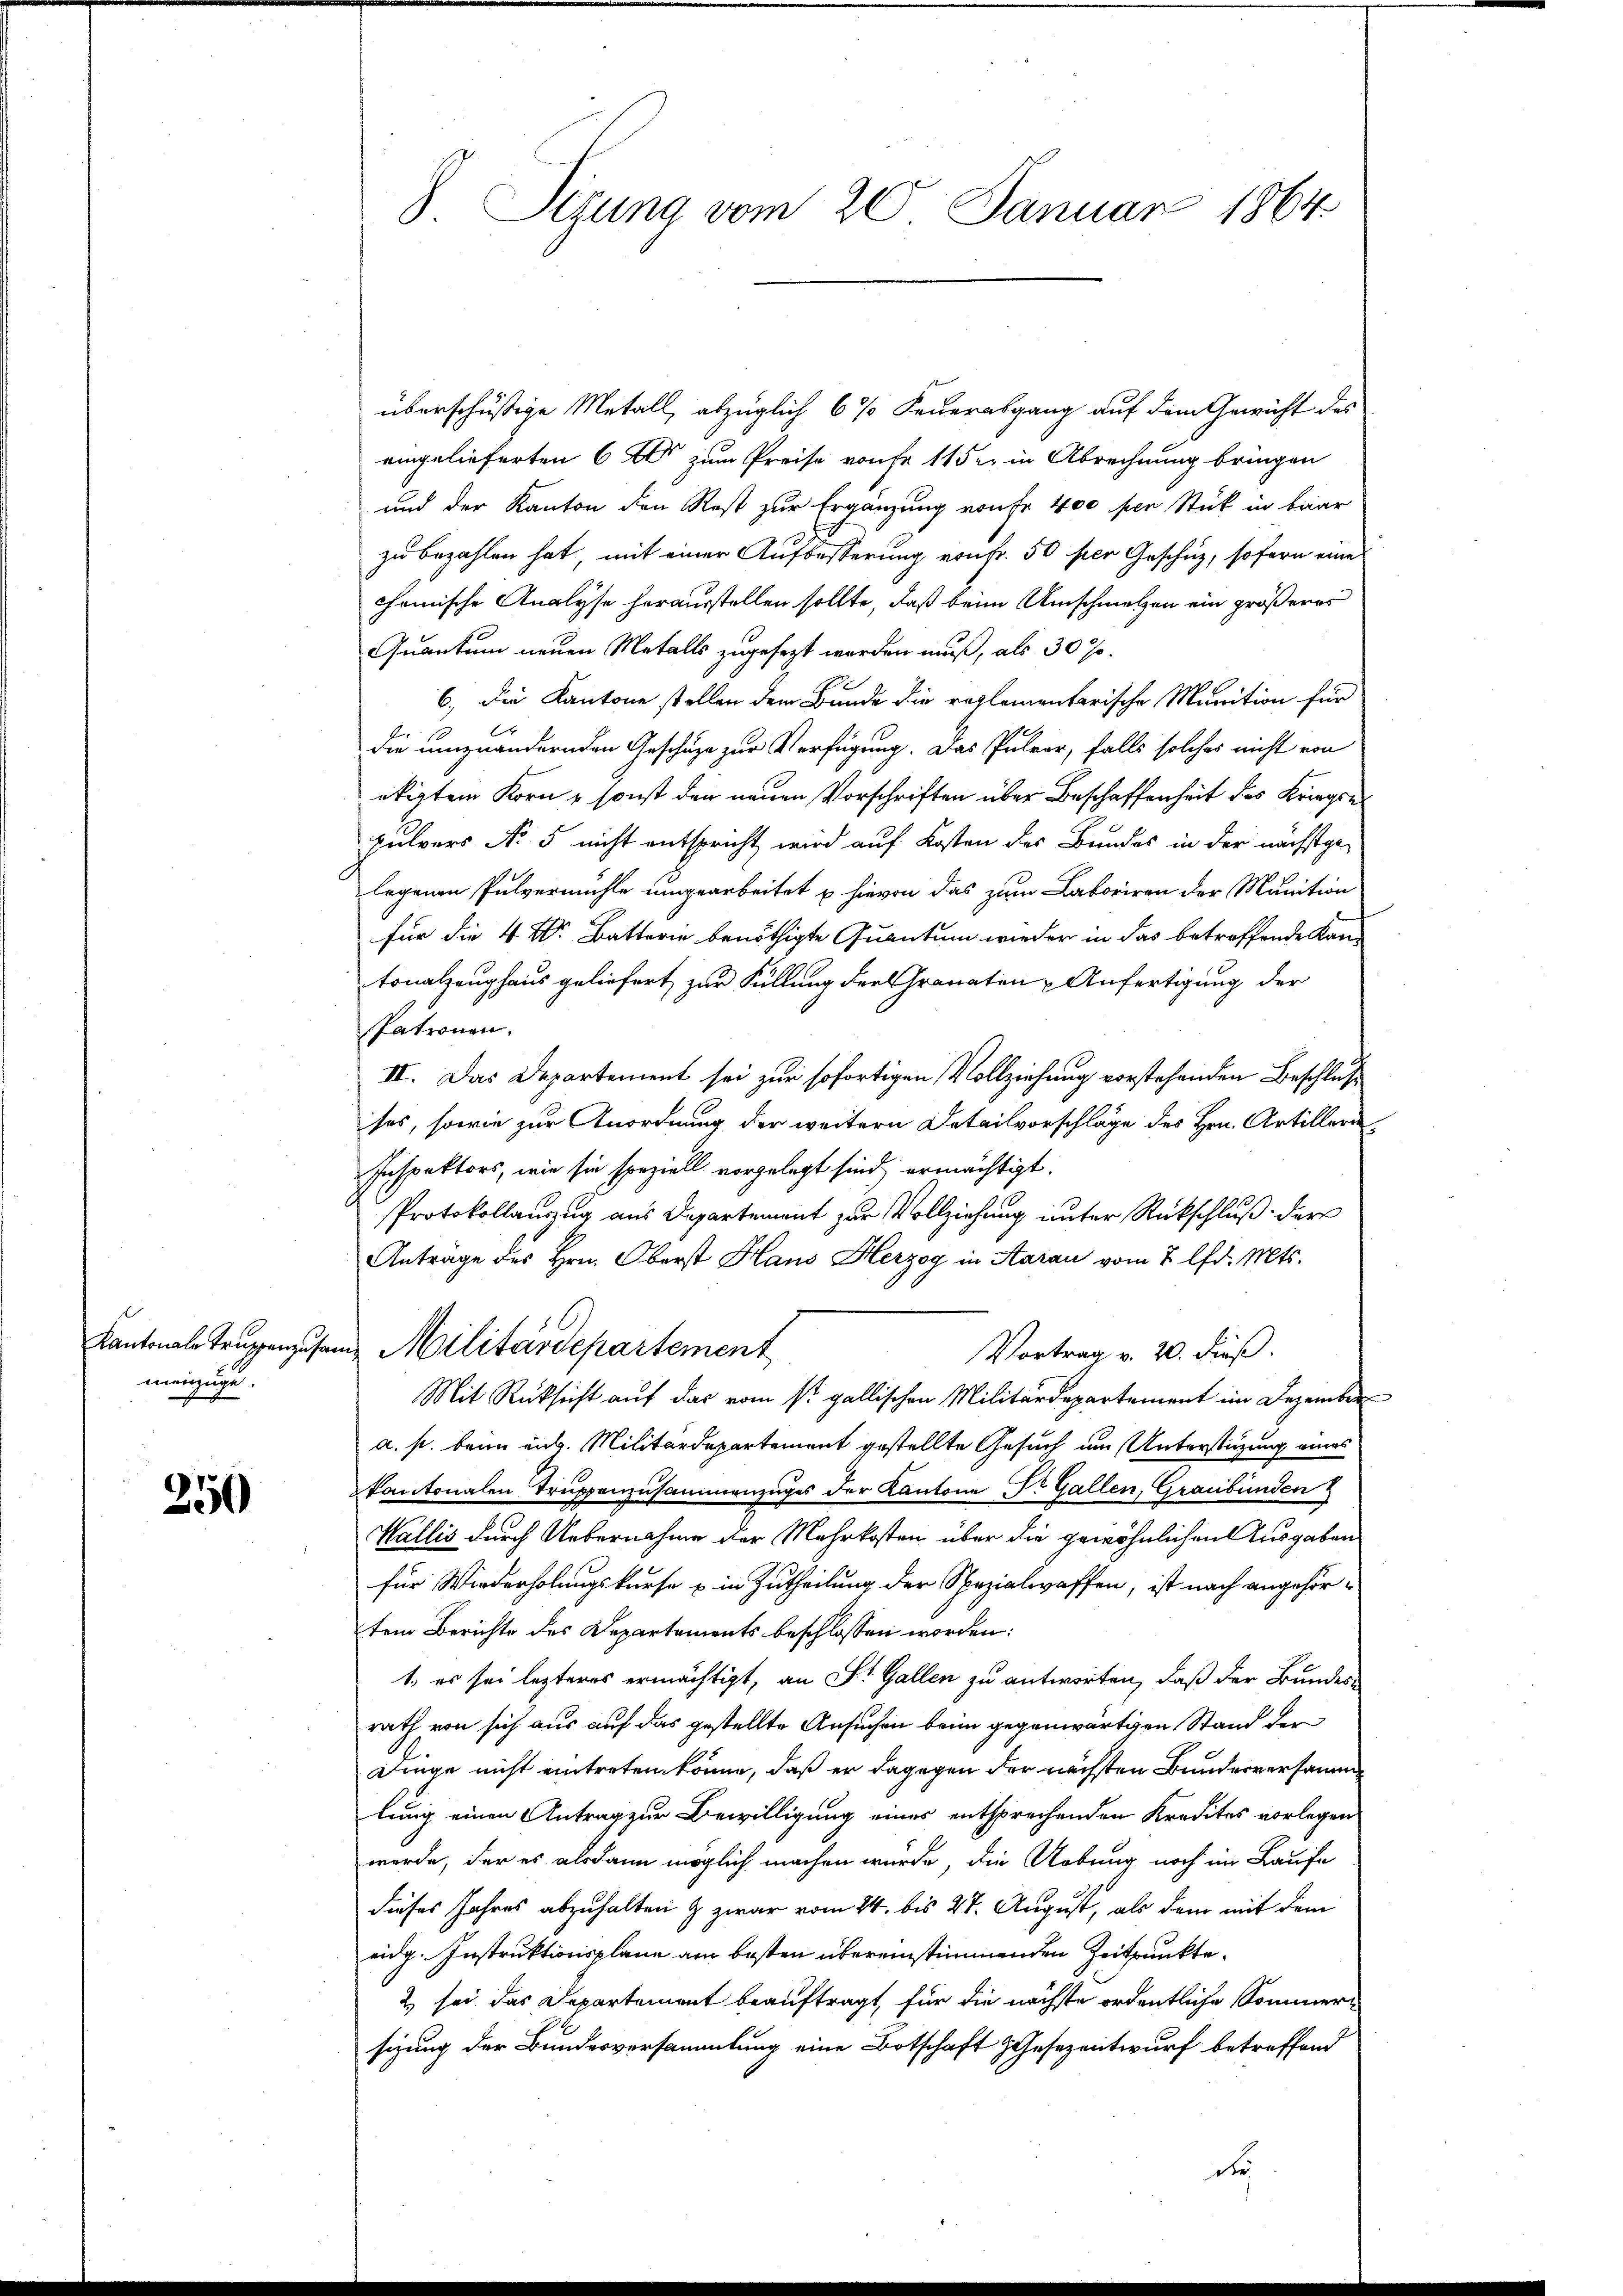
Kantonale Truppenzufa
menzüge.

350

8. Sizung vom 20. Januar 1864

überschüssige Metall, abzüglich 6 % Feuerabgang auf dem Gewicht des
eingelieferten 6 10 zum Preise von fr 1152 in Abrechnung bringen
und der Kanton den Rost zur Ergänzung von Fr. 400 per Stück in baar
zu bezahlen hat mit einer Aufbesserung von fr. 50 per Geschäz, sofern eine
chemische Analyse herausstellen sollte, daß beim Umschmetzen ein größeres
Quantum neuen Metalls zugefezt werden muß, als 30 %.
6., die Kantone stellen dem Bunde die reglementarische Munition für
l
die umzuändernden Geschäze zur Verfügung. Das Pulver, falls solches nicht von
ötigten Korn, sonst den neuen Vorschriften über Beschaffenheit des Kriegen
pulvers No 5 nicht entspricht wird auf Kosten des Bundes in der nächstge-
legenen Pulvermühle umgearbeitet u hievon das zum Laboriren der Munition
für die 4 Dr. Batterie benöthigte Quantum wieder in das betreffende Kan-
tonalzeughaus geliefert zur Füllung der Granaten Anfertigung der
Patronen.
II. Das Departement sei zur sofortigen Vollziehung vorstehenden Beschluß
ses, sowie zur Anordnung der weitern Detailvorschläge des Hrn. Artillern,
Inspektors, wie sie speziell vorgelegt sind, ermächtigt.
Protokollauszug aus Departement zur Vollziehung unter Rückschluß der
Antrage des Hrn. Oberst Haus Herzog in Aarau vom 7 lfd. Mts.
u Militärdepartement
Vortrag v. 20. Fuß.
Mit Rücksicht auf das vom st. gallischen Militärdepartement im Dezember
a. p. beim eid. Militärdepartement gestellte Gesuch um Unterstüzung eines
kantonalen Truppenzusammenzuges der Kantone Dr. Gallen, Graubünden
Wallis durch Uebernahme der Mehrkosten über die gewöhnlichen Ausgaben
für Wiederholungskurse u. in Zutheilung der Spezialwaffen, ist nach angehörtem Berichte des Departements beschlossen worden:
1. es sei lezteres ermächtigt, an St. Gallen zu antworten, daß der Bundes-
rath von sich aus auf das gestellte Ansuchen beim gegenwärtigen Stand der
Dinge nicht eintreten könne, daß er dagegen der nächsten Bunderversamme
lung einen Antrag zur Bewilligung eines entsprechenden Kredites vorlegen
wurde, der es alsdann möglich machen wurde, die Uebung noch im Laufe
dieses Jahres abzuhalten & zwar vom 24. bis 27. August, als dem mit dem
eidg. Instruktionsplane am besten übereinstimmenden Zeitpunkte
2 sei das Departement beauftragt, für die nächste ordentliche Sommersizung der Bundesversammlung eine Botschaft Gesezentwurf betreffend
de